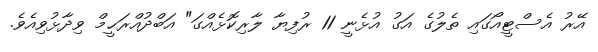
އޭރު އެސްޓީއޯގައި ތެލުގެ އަގު އުޅެނީ 11 ރުފިޔާ ލާރިކޮޅެއްގަ" އަބްދުއްރަޙީމް ވިދާޅުވިއެވެ.